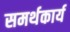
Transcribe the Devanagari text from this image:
समर्थकार्य